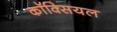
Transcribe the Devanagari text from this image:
कॉक्सियल